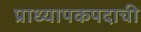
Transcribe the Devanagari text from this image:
प्राध्यापकपदाची